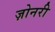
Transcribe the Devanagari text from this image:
ज़ोनरी